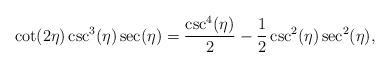
LaTeX: \begin{align*}\cot (2 \eta ) \csc ^3(\eta ) \sec (\eta ) = \frac{\csc ^4(\eta )}{2}-\frac{1}{2} \csc ^2(\eta ) \sec ^2(\eta ), \end{align*}